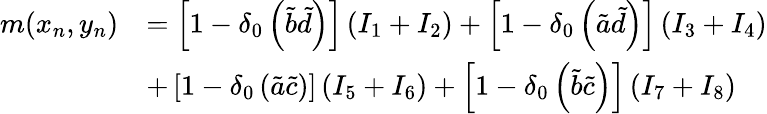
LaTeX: \begin{array}{rl}{m(x_{n},y_{n})}&{=\left[1-\delta_{0}\left(\tilde{b}\tilde{d}\right)\right]\left(I_{1}+I_{2}\right)+\left[1-\delta_{0}\left(\tilde{a}\tilde{d}\right)\right]\left(I_{3}+I_{4}\right)}\\ &{+\left[1-\delta_{0}\left(\tilde{a}\tilde{c}\right)\right]\left(I_{5}+I_{6}\right)+\left[1-\delta_{0}\left(\tilde{b}\tilde{c}\right)\right]\left(I_{7}+I_{8}\right)}\end{array}